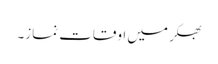
بھکر میں اوقات نماز۔